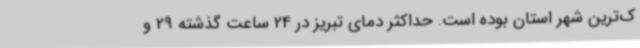
ک‌ترین شهر استان بوده است. حداکثر دمای تبریز در 24 ساعت گذشته 29 و